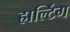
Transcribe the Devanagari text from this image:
हाल्टिंग